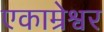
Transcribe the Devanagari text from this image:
एकाम्रेश्वर